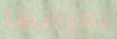
تعرضها